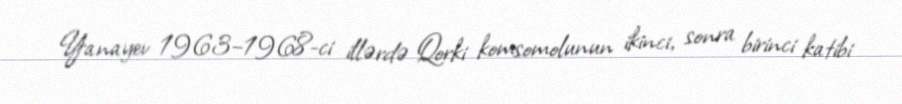
Yanayev 1963–1968-ci illərdə Qorki komsomolunun ikinci, sonra birinci katibi